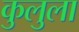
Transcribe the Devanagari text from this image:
कुलुला